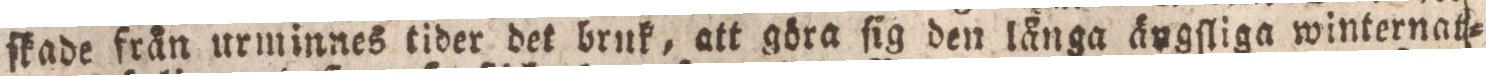
ſkade från urminnes tider det brnk, att göra ſig den långa ängſliga winternat=